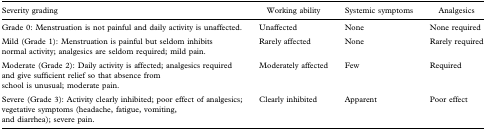
<table><thead><tr><td><b>Severity grading</b></td><td><b>Working ability</b></td><td><b>Systemic symptoms</b></td><td><b>Analgesics</b></td></tr></thead><tbody><tr><td>Grade 0: Menstruation is not painful and daily activity is unaffected.</td><td>Unaffected</td><td>None</td><td>None required</td></tr><tr><td>Mild (Grade 1): Menstruation is painful but seldom inhibits normal activity; analgesics are seldom required; mild pain.</td><td>Rarely affected</td><td>None</td><td>Rarely required</td></tr><tr><td>Moderate (Grade 2): Daily activity is affected; analgesics required and give sufficient relief so that absence from school is unusual; moderate pain.</td><td>Moderately affected</td><td>Few</td><td>Required</td></tr><tr><td>Severe (Grade 3): Activity clearly inhibited; poor effect of analgesics; vegetative symptoms (headache, fatigue, vomiting, and diarrhea); severe pain.</td><td>Clearly inhibited</td><td>Apparent</td><td>Poor effect</td></tr></tbody></table>